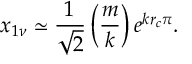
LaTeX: x _ { 1 \nu } \simeq \frac { 1 } { \sqrt { 2 } } \left( \frac { m } { k } \right) e ^ { k r _ { c } \pi } .